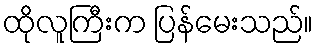
ထိုလူကြီးက ပြန်မေးသည်။